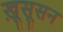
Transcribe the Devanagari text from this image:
ख़ूसूसन